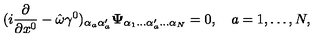
( i { \frac { \partial } { \partial x ^ { 0 } } } - \hat { \omega } \gamma ^ { 0 } ) _ { \alpha _ { a } \alpha _ { a } ^ { \prime } } { \bf \Psi } _ { \alpha _ { 1 } \ldots \alpha _ { a } ^ { \prime } \ldots \alpha _ { N } } = 0 , \quad a = 1 , \ldots , N ,